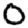
Digit: 0